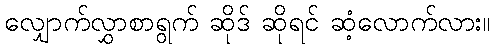
လျှောက်လွှာစာရွက် ဆိုဒ် ဆိုရင် ဆံ့လောက်လား။